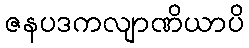
ဇနပဒကလျာဏိယာပိ